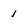
Character: i